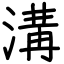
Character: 溝